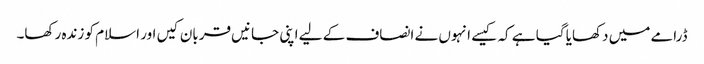
ڈرامے میں دکھایا گیا ہے کہ کیسے انہوں نے انصاف کے لیے اپنی جانیں قربان کیں اور اسلام کو زندہ رکھا۔